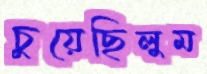
চুয়েছিলুম